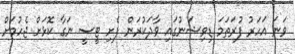
ވަނަ އަހަރު ފުރަތަމަ ޑިވިޝަނުގައި ވާދަކުރަން ފެށި ޓީސީ ނަގާ ކޮޅަށް ޖެހުމަށް